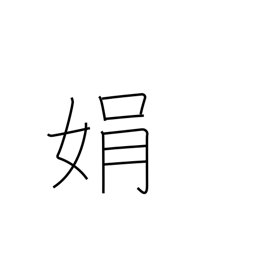
Meaning: beauty of face